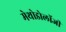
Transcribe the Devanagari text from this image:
मेथोडोलॉजी